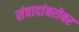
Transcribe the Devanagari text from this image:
संवादांबरोबर